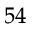
^ { 5 4 }